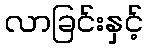
လာခြင်းနှင့်